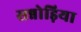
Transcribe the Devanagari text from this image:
सन्नोड़िया